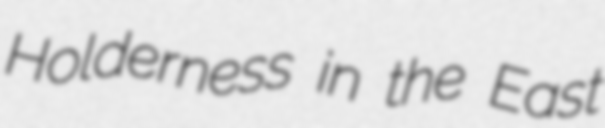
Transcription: Holderness in the East